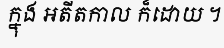
ក្នុង អតីតកាល ក៏ដោយ ។